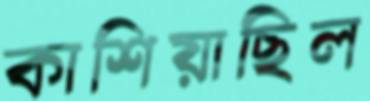
কাশিয়াছিল